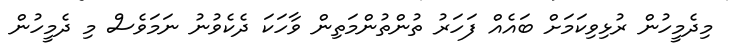
މިދެމީހުން ރުޅިވިކަމަށް ބައެއް ފަހަރު ތުންތުންމަތިން ވާހަކަ ދެކެވުނު ނަމަވެސް މި ދެމީހުން